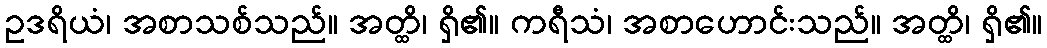
ဥဒရိယံ၊ အစာသစ်သည်။ အတ္ထိ၊ ရှိ၏။ ကရီသံ၊ အစာဟောင်းသည်။ အတ္ထိ၊ ရှိ၏။